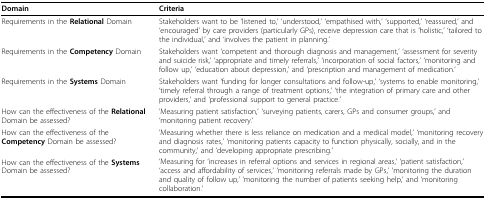
| Domain | Criteria |
 | --- | --- |
 | Requirements in the Relational Domain | Stakeholders want to be 'listened to,' 'understood,' 'empathised with,' 'supported,' 'reassured,' and 'encouraged' by care providers (particularly GPs), receive depression care that is 'holistic,' 'tailored to the individual,' and 'involves the patient in planning.' |
 | Requirements in the Competency Domain | Stakeholders want 'competent and thorough diagnosis and management,' 'assessment for severity and suicide risk,' 'appropriate and timely referrals,' 'incorporation of social factors,' 'monitoring and follow up,' 'education about depression,' and 'prescription and management of medication.' |
 | Requirements in the Systems Domain | Stakeholders want 'funding for longer consultations and follow-up,' 'systems to enable monitoring,' 'timely referral through a range of treatment options,' 'the integration of primary care and other providers,' and 'professional support to general practice.' |
 | How can the effectiveness of the Relational Domain be assessed? | 'Measuring patient satisfaction,' 'surveying patients, carers, GPs and consumer groups,' and 'monitoring patient recovery.' |
 | How can the effectiveness of the Competency Domain be assessed? | 'Measuring whether there is less reliance on medication and a medical model,' 'monitoring recovery and diagnosis rates,' 'monitoring patients capacity to function physically, socially, and in the community,' and 'developing appropriate prescribing.' |
 | How can the effectiveness of the Systems Domain be assessed? | 'Measuring for 'increases in referral options and services in regional areas,' 'patient satisfaction,' 'access and affordability of services,' 'monitoring referrals made by GPs,' 'monitoring the duration and quality of follow up,' 'monitoring the number of patients seeking help,' and 'monitoring collaboration.' |